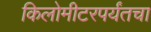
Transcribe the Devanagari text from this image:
किलोमीटरपर्यंतचा